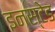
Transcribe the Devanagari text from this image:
इनस्टेड